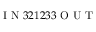
\mathrm { ~ I ~ N ~ } 3 2 1 2 3 3 \mathrm { ~ O ~ U ~ T ~ }